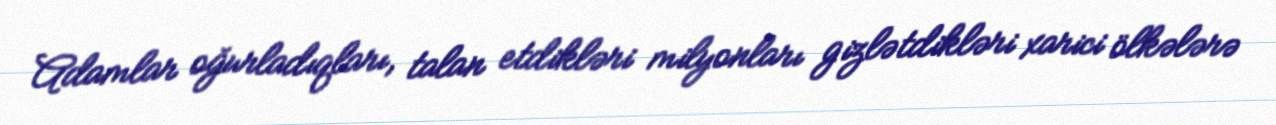
Adamlar oğurladıqları, talan etdikləri milyonları gizlətdikləri xarici ölkələrə